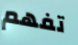
تفهم